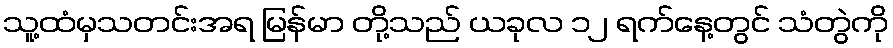
သူ့ထံမှသတင်းအရ မြန်မာ တို့သည် ယခုလ ၁၂ ရက်နေ့တွင် သံတွဲကို